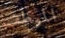
الموظف